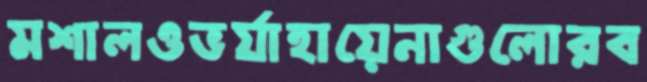
মশালওভর্যাহায়েনাগুলোরব